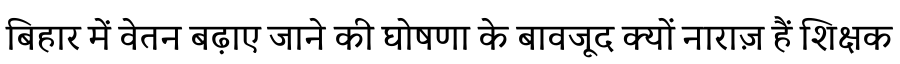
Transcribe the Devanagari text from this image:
बिहार में वेतन बढ़ाए जाने की घोषणा के बावजूद क्यों नाराज़ हैं शिक्षक